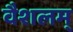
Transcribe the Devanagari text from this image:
वैशलम्